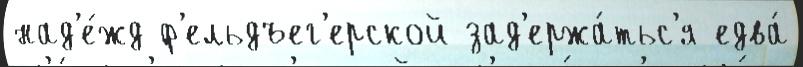
над'е́жд ф'ельдъег'ерской зад'ержа́тьс'я едва́